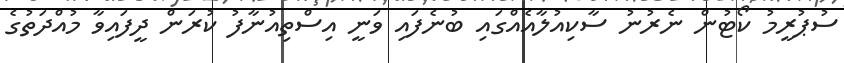
ސުޕުރީމު ކޯޓުން ނެރުނު ސާކިއުލާއެއްގައި ބުނެފައި ވަނީ އިސްތިއުނާފު ކުރަން ދީފައިވާ މުއްދަތުގެ